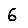
Digit: 6